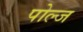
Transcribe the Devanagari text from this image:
पोल्ज